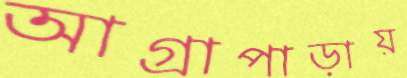
আগ্রাপাড়ায়